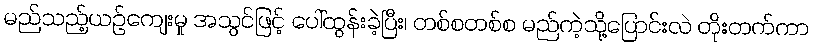
မည်သည့်ယဉ်ကျေးမှု အသွင်ဖြင့် ပေါ်ထွန်းခဲ့ပြီး၊ တစ်စတစ်စ မည်ကဲ့သို့ပြောင်းလဲ တိုးတက်ကာ